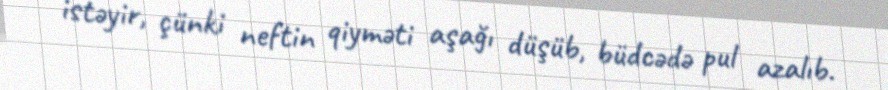
istəyir, çünki neftin qiyməti aşağı düşüb, büdcədə pul azalıb.